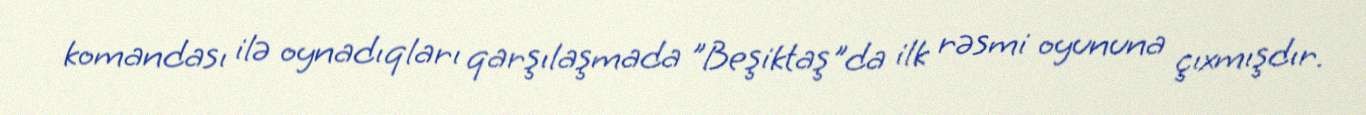
komandası ilə oynadıqları qarşılaşmada "Beşiktaş"da ilk rəsmi oyununa çıxmışdır.